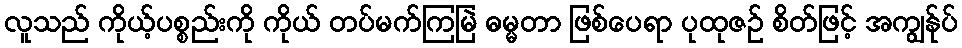
လူသည် ကိုယ့်ပစ္စည်းကို ကိုယ် တပ်မက်ကြမြဲ ဓမ္မတာ ဖြစ်ပေရာ ပုထုဇဉ် စိတ်ဖြင့် အကျွန်ုပ်